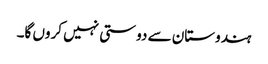
ہندوستان سے دوستی نہیں کروں گا۔